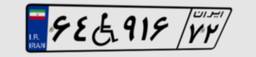
۶۴W۹۱۶۷۲